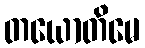
တယောတိမေ